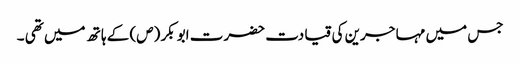
جس میں مہا جرین کی قیا دت حضرت ابو بکر (ص) کے ہا تھ میں تھی ۔